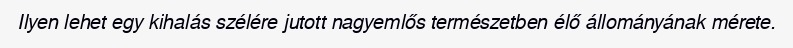
Ilyen lehet egy kihalás szélére jutott nagyemlős természetben élő állományának mérete.